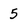
Character: 5